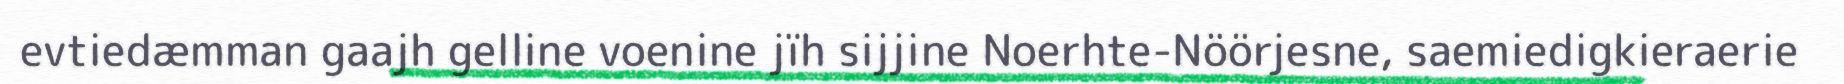
evtiedæmman gaajh gelline voenine jïh sijjine Noerhte-Nöörjesne, saemiedigkieraerie